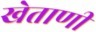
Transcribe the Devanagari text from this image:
खेताणी